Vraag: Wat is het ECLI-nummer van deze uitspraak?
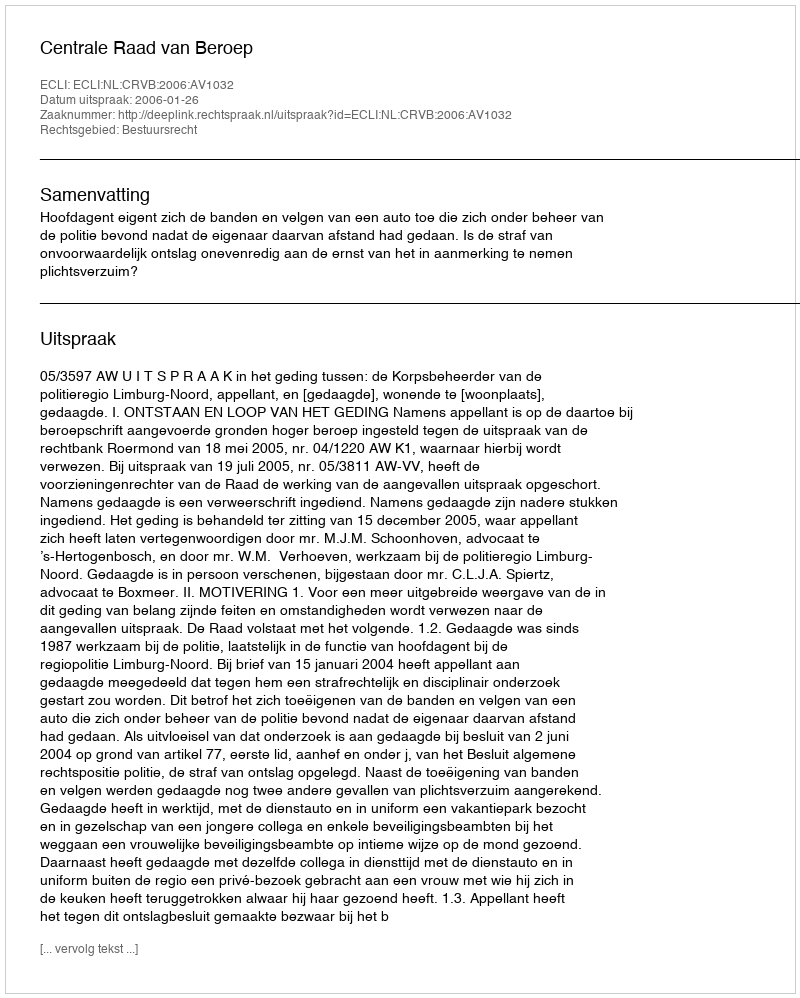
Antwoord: ECLI:NL:CRVB:2006:AV1032